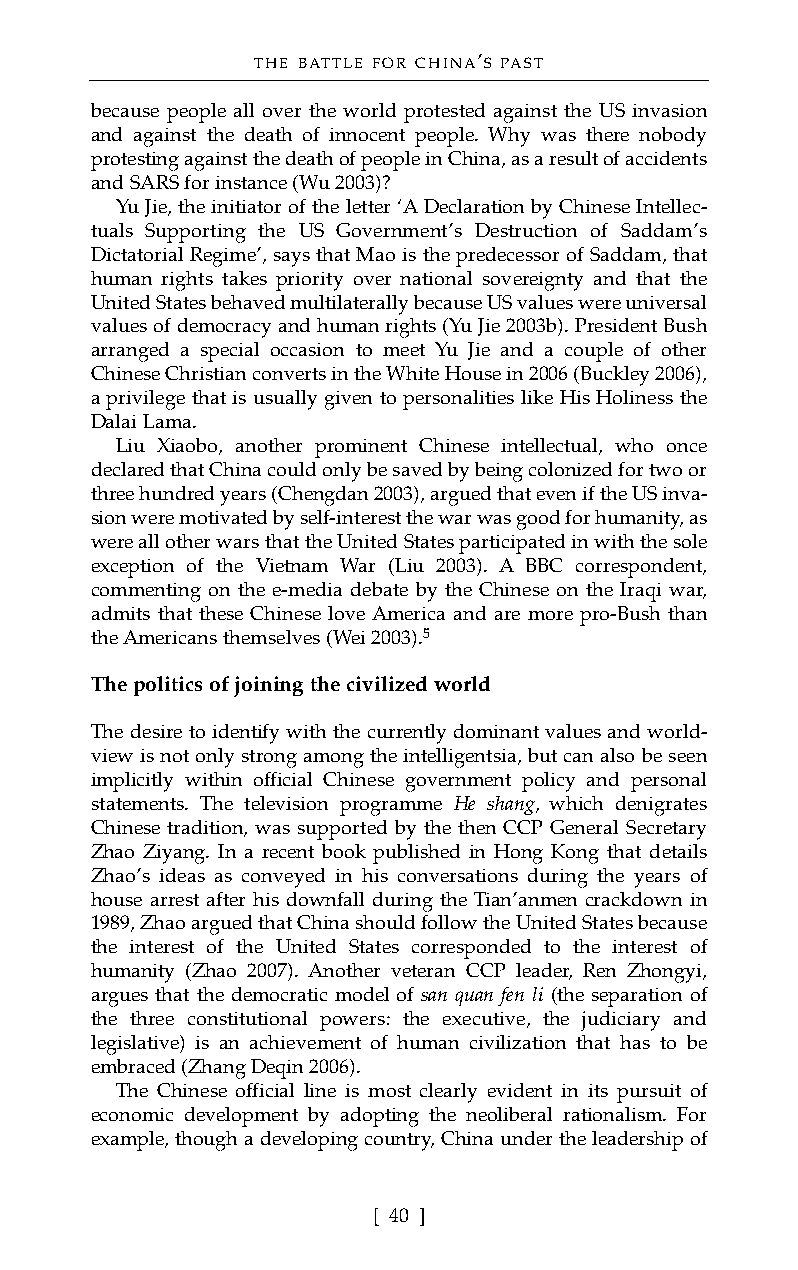
THE BATTLE FOR CHINA’S PAST
 because people all over the world protested against the US invasion
 and against the death of innocent people. Why was there nobody
 protesting against the death of people in China, as a result of accidents
 and SARS for instance (Wu 2003)?
 Yu Jie, the initiator of the letter ‘A Declaration by Chinese Intellec-
 tuals Supporting the US Government’s Destruction of Saddam’s
 Dictatorial Regime’, says that Mao is the predecessor of Saddam, that
 human rights takes priority over national sovereignty and that the
 United States behaved multilaterally because US values were universal
 values of democracy and human rights (Yu Jie 2003b). President Bush
 arranged a special occasion to meet Yu Jie and a couple of other
 Chinese Christian converts in the White House in 2006 (Buckley 2006),
 a privilege that is usually given to personalities like His Holiness the
 Dalai Lama.
 Liu Xiaobo, another prominent Chinese intellectual, who once
 declared that China could only be saved by being colonized for two or
 three hundred years (Chengdan 2003), argued that even if the US inva-
 sion were motivated by self-interest the war was good for humanity, as
 were all other wars that the United States participated in with the sole
 exception of the Vietnam War (Liu 2003). A BBC correspondent,
 commenting on the e-media debate by the Chinese on the Iraqi war,
 admits that these Chinese love America and are more pro-Bush than
 the Americans themselves (Wei 2003).5
 The politics of joining the civilized world
 The desire to identify with the currently dominant values and world-
 view is not only strong among the intelligentsia, but can also be seen
 implicitly within official Chinese government policy and personal
 statements. The television programme He shang, which denigrates
 Chinese tradition, was supported by the then CCP General Secretary
 Zhao Ziyang. In a recent book published in Hong Kong that details
 Zhao’s ideas as conveyed in his conversations during the years of
 house arrest after his downfall during the Tian’anmen crackdown in
 1989, Zhao argued that China should follow the United States because
 the interest of the United States corresponded to the interest of
 humanity (Zhao 2007). Another veteran CCP leader, Ren Zhongyi,
 argues that the democratic model of san quan fen li (the separation of
 the three constitutional powers: the executive, the judiciary and
 legislative) is an achievement of human civilization that has to be
 embraced (Zhang Deqin 2006).
 The Chinese official line is most clearly evident in its pursuit of
 economic development by adopting the neoliberal rationalism. For
 example, though a developing country, China under the leadership of
 [ 40 ]